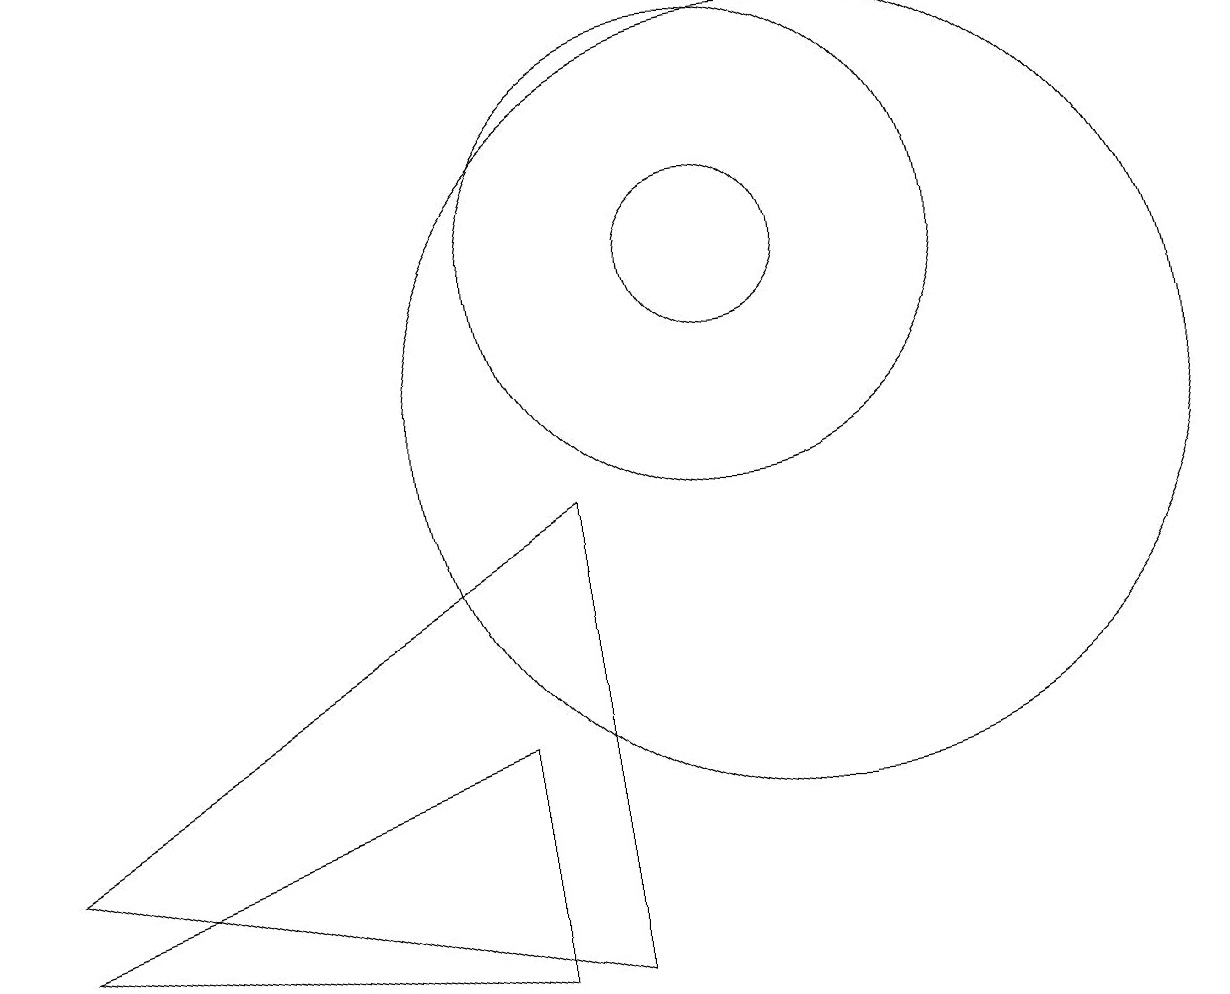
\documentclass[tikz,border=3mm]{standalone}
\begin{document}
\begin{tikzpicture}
\draw (9,3) -- (9,9) -- (2,5) -- cycle;
\draw (12,10) circle (5);
\draw (11,12) circle (1);
\draw (2,4) -- (8,6) -- (8,3) -- cycle;
\draw (11,12) circle (3);
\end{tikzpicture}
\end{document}